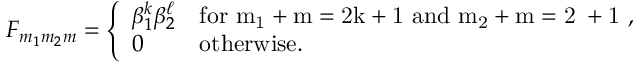
{ \cal F } _ { m _ { 1 } m _ { 2 } m } = \left\{ \begin{array} { l l } { { \beta _ { 1 } ^ { k } \beta _ { 2 } ^ { \ell } } } & { { \mathrm { f o r ~ m _ { 1 } + m = 2 k + 1 ~ a n d ~ m _ { 2 } + m = 2 \ell + 1 ~ , } } } \\ { { 0 } } & { { \mathrm { o t h e r w i s e . } } } \end{array} \right.